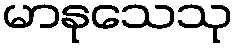
မာနုသေသု